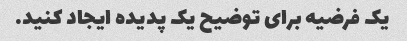
یک فرضیه برای توضیح یک پدیده ایجاد کنید.